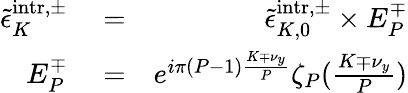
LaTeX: \begin{array}{rlr}{\tilde{\epsilon}_{K}^{\mathrm{intr},\pm}}&{{}=}&{\tilde{\epsilon}_{K,0}^{\mathrm{intr},\pm}\times E_{P}^{\mp}}\\ {E_{P}^{\mp}}&{{}=}&{e^{i\pi(P-1)\frac{K\mp\nu_{y}}{P}}\zeta_{P}(\frac{K\mp\nu_{y}}{P})}\end{array}